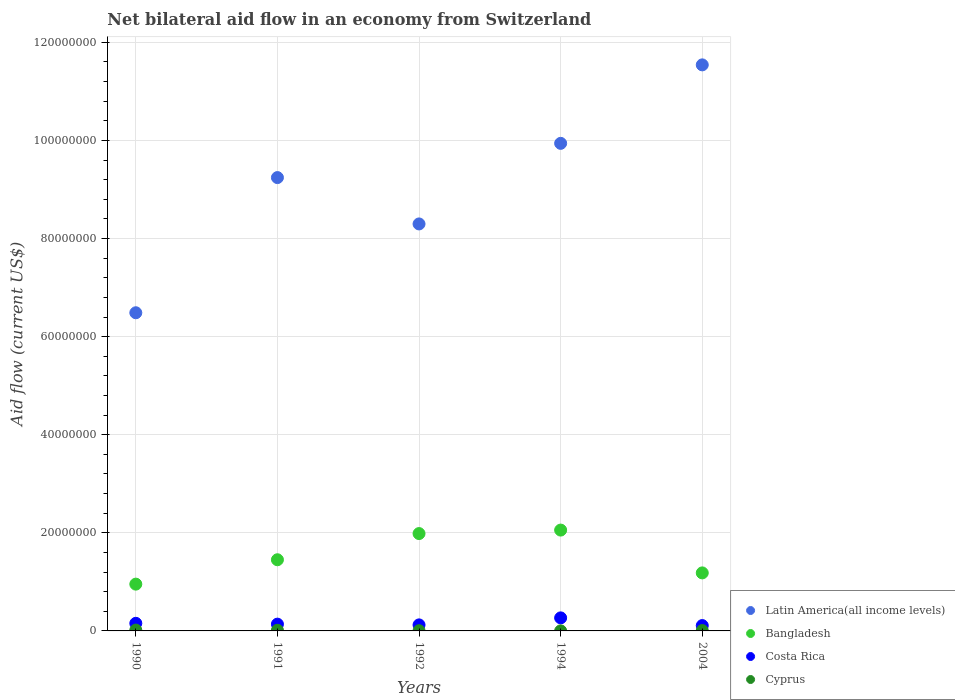
| Years | Latin America(all income levels) | Bangladesh | Costa Rica | Cyprus |
 | --- | --- | --- | --- | --- |
 | 1990 | 6.49e+07 | 9.54e+06 | 1.55e+06 | 1.7e+05 |
 | 1991 | 9.24e+07 | 1.45e+07 | 1.38e+06 | 1.3e+05 |
 | 1992 | 8.3e+07 | 1.98e+07 | 1.23e+06 | 4e+04 |
 | 1994 | 9.94e+07 | 2.06e+07 | 2.66e+06 | 1e+04 |
 | 2004 | 1.15e+08 | 1.18e+07 | 1.09e+06 | 7e+04 |